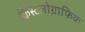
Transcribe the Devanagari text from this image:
क्रिस्टलोग्राफिक